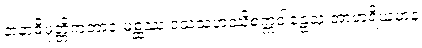
နာနာဓိမုတ္တိကဘာဝံ မစ္ဆဿ ဒသသဟဿိစက္ကဝါဠေသု အာဟရိယမာနံ